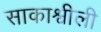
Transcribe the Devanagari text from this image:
साकाश्वीली